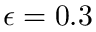
\epsilon = 0 . 3